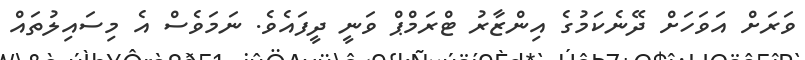
ވަރަށް އަވަހަށް ދޭނެކަމުގެ އިންޒާރު ޓްރަމްޕް ވަނީ ދީފައެވެ. ނަމަވެސް އެ މިސައިލުތައް